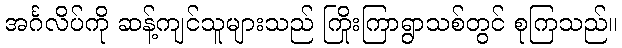
အင်္ဂလိပ်ကို ဆန့်ကျင်သူများသည် ကြိုးကြာရွာသစ်တွင် စုကြသည်။